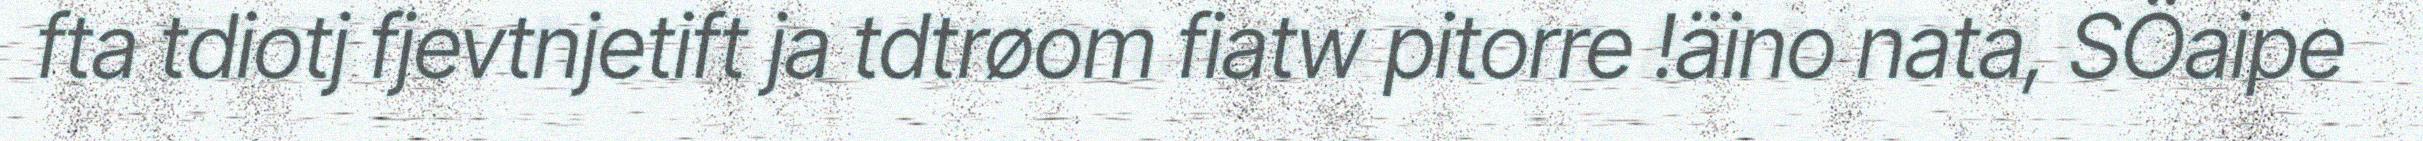
fta tdiotj fjevtnjetift ja tdtrøom fiatw pitorre !äino nata, SÖaipe